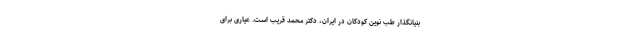
بنیانگذار طب نوین کودکان در ایران، دکتر محمد قریب است. عیاری برای